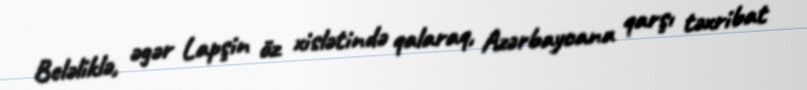
Beləliklə, əgər Lapşin öz xislətində qalaraq, Azərbaycana qarşı təxribat